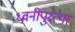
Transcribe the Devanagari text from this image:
ध्वनीपुरत्या